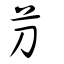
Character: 芀